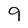
Character: 9